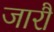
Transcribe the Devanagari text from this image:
जारौं